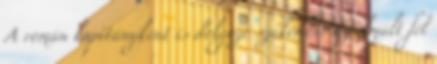
A román kapitányként is dolgozó szakember az elmúlt fél